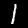
Label: 1